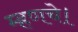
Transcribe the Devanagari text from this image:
म्हणचे।